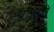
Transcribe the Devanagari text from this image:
पालेंगे